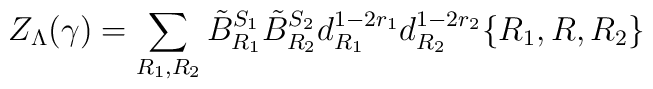
Z_{\Lambda} (\gamma)  =  \sum_{R_1, R_2} \tilde{B}_{R_1}^{S_1}                 \tilde{B}_{R_2}^{S_2}	d_{R_1}^{1-2r_1}d_{R_2}^{1-2r_2}\{R_1,R,R_2\}